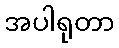
အပါရုတာ